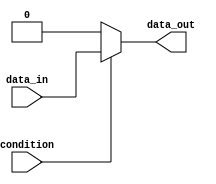
module continuous_assignment(
    input wire condition,
    input wire data_in,
    output reg data_out
);

always @* begin
    if(condition) begin
        data_out = data_in;
    end else begin
        data_out = 0; // or any other default value
    end
end

endmodule